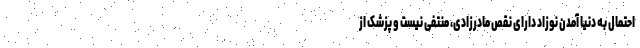
احتمال به دنیا آمدن نوزاد دارای نقص مادرزادی، منتفی نیست و پزشک از